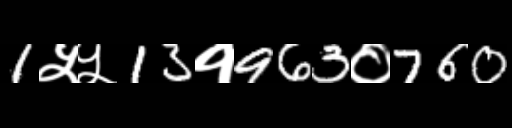
Text: 1५५13१963०760